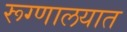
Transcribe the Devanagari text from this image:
रूग्‍णालयात